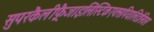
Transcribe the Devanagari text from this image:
सुपरकैलीफ़्रैजाइलिस्टिकएक्सपियालिडोसियस